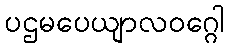
ပဌမပေယျာလဝဂ္ဂေါ